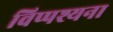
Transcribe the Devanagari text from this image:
विप्पश्यना